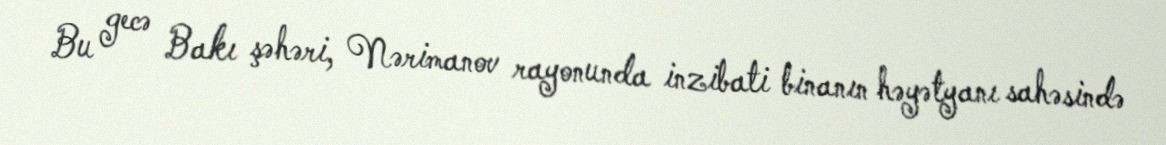
Bu gecə Bakı şəhəri, Nərimanov rayonunda inzibati binanın həyətyanı sahəsində